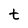
Character: t